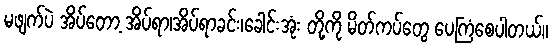
မဖျက်ပဲ အိပ်တော့ အိပ်ရာ၊အိပ်ရာခင်း၊ခေါင်းအုံး တို့ကို မိတ်ကပ်တွေ ပေကြံစေပါတယ်။